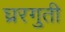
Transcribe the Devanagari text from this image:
घ्ररगुती